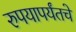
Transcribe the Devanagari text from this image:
रुपयापर्यंतचे